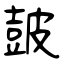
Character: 皷